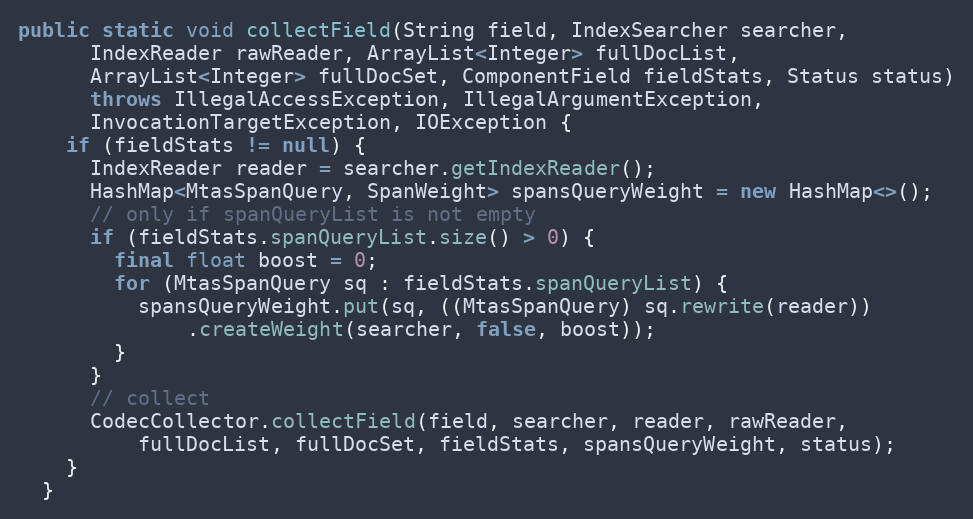
Language: Java
public static void collectField(String field, IndexSearcher searcher,
      IndexReader rawReader, ArrayList<Integer> fullDocList,
      ArrayList<Integer> fullDocSet, ComponentField fieldStats, Status status)
      throws IllegalAccessException, IllegalArgumentException,
      InvocationTargetException, IOException {
    if (fieldStats != null) {
      IndexReader reader = searcher.getIndexReader();
      HashMap<MtasSpanQuery, SpanWeight> spansQueryWeight = new HashMap<>();
      // only if spanQueryList is not empty
      if (fieldStats.spanQueryList.size() > 0) {
        final float boost = 0;
        for (MtasSpanQuery sq : fieldStats.spanQueryList) {
          spansQueryWeight.put(sq, ((MtasSpanQuery) sq.rewrite(reader))
              .createWeight(searcher, false, boost));
        }
      }
      // collect
      CodecCollector.collectField(field, searcher, reader, rawReader,
          fullDocList, fullDocSet, fieldStats, spansQueryWeight, status);
    }
  }